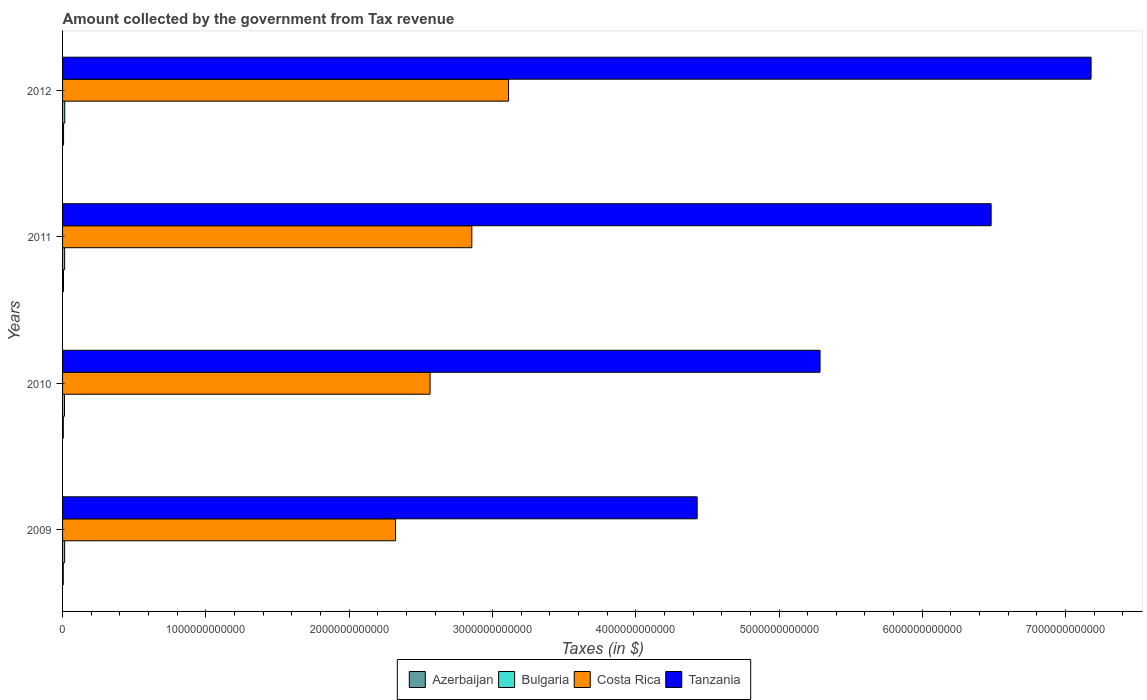
| Years | Azerbaijan | Bulgaria | Costa Rica | Tanzania |
 | --- | --- | --- | --- | --- |
 | 2009 | 5.02e+09 | 1.44e+10 | 2.32e+12 | 4.43e+12 |
 | 2010 | 5.16e+09 | 1.35e+10 | 2.56e+12 | 5.29e+12 |
 | 2011 | 6.37e+09 | 1.43e+10 | 2.86e+12 | 6.48e+12 |
 | 2012 | 7e+09 | 1.52e+10 | 3.11e+12 | 7.18e+12 |